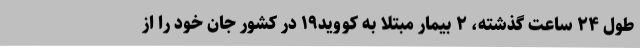
طول ۲۴ ساعت گذشته، ۲ بیمار مبتلا به کووید۱۹ در کشور جان خود را از